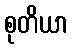
စုတိယာ